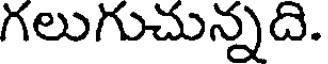
గలుగుచున్నది.